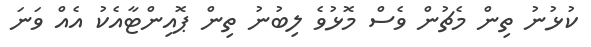
ކުޅުނު ތިން މެޗުން ވެސް މޮޅުވެ ލިބުނު ތިން ޕޮއިންޓާއެކު އެއް ވަނަ